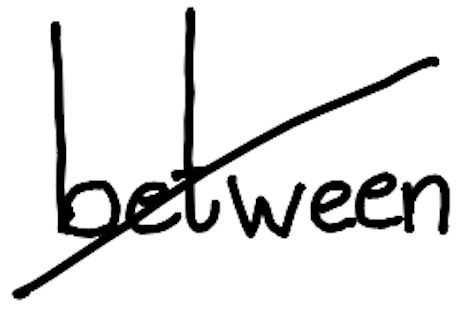
Text: between
Cross-out: diagonal
Writing tool: digital_black